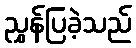
ညွှန်ပြခဲ့သည်